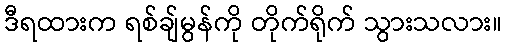
ဒီရထားက ရစ်ချ်မွန်ကို တိုက်ရိုက် သွားသလား။